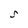
Character: S